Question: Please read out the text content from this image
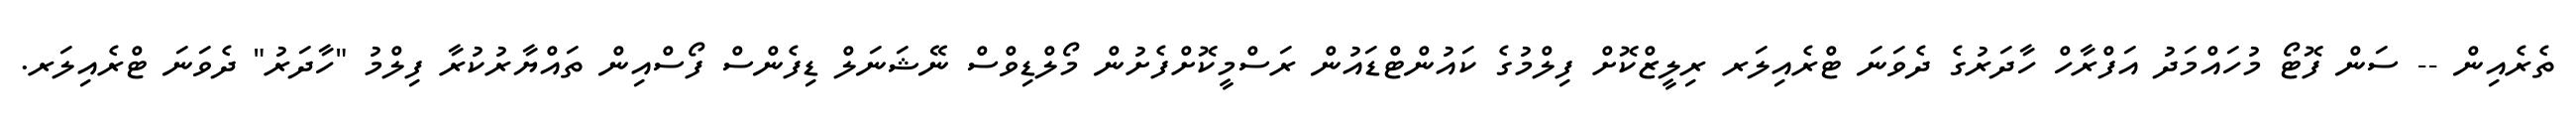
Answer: ތެރެއިން -- ސަން ފޮޓޯ މުހައްމަދު އަފްރާހް ހާދަރުގެ ދެވަނަ ޓްރެއިލަރ ރިލީޒްކޮށް ފިލްމުގެ ކައުންޓްޑައުން ރަސްމީކޮށްފެށުން މޯލްޑިވްސް ނޭޝަނަލް ޑިފެންސް ފޯސްއިން ތައްޔާރުކުރާ ފިލްމު "ހާދަރު" ދެވަނަ ޓްރެއިލަރ.